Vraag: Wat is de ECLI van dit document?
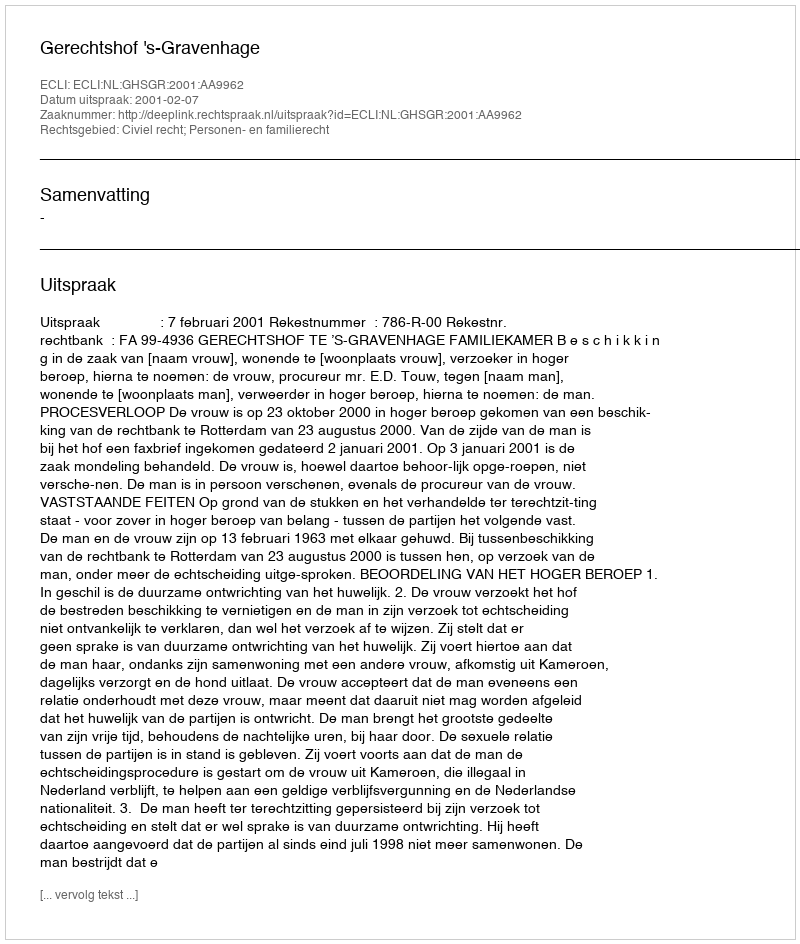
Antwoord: ECLI:NL:GHSGR:2001:AA9962